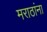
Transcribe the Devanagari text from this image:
मराठांना